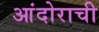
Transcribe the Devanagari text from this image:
आंदोराची